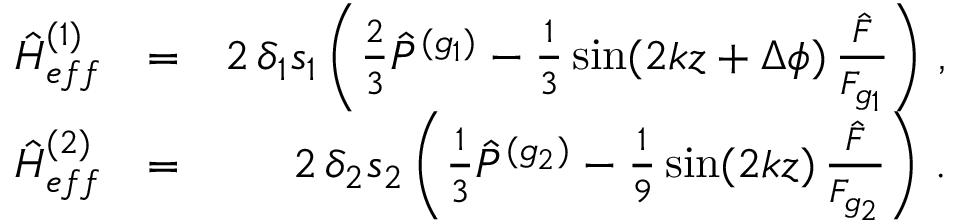
\begin{array} { r l r } { { \hat { H } } _ { e f f } ^ { ( 1 ) } } & { = } & { 2 \, \delta _ { 1 } s _ { 1 } \left( \frac { 2 } { 3 } { \hat { P } } ^ { ( g _ { 1 } ) } - \frac { 1 } { 3 } \sin ( 2 k z + \Delta \phi ) \, \frac { { \hat { F } } } { F _ { g _ { 1 } } } \right) \, , } \\ { { \hat { H } } _ { e f f } ^ { ( 2 ) } } & { = } & { 2 \, \delta _ { 2 } s _ { 2 } \left( \frac { 1 } { 3 } { \hat { P } } ^ { ( g _ { 2 } ) } - \frac { 1 } { 9 } \sin ( 2 k z ) \, \frac { { \hat { F } } } { F _ { g _ { 2 } } } \right) \, . } \end{array}